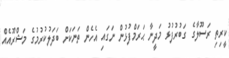
ކީރިތި ރަސޫލާގެ ގަބުރުފުޅު މަދީނާ ޙަރަމްފުޅުން ނަގައި އެހެން ތަނަކަށް ބަދަލުކުރުމުގެ މަޝްރޫއެއް